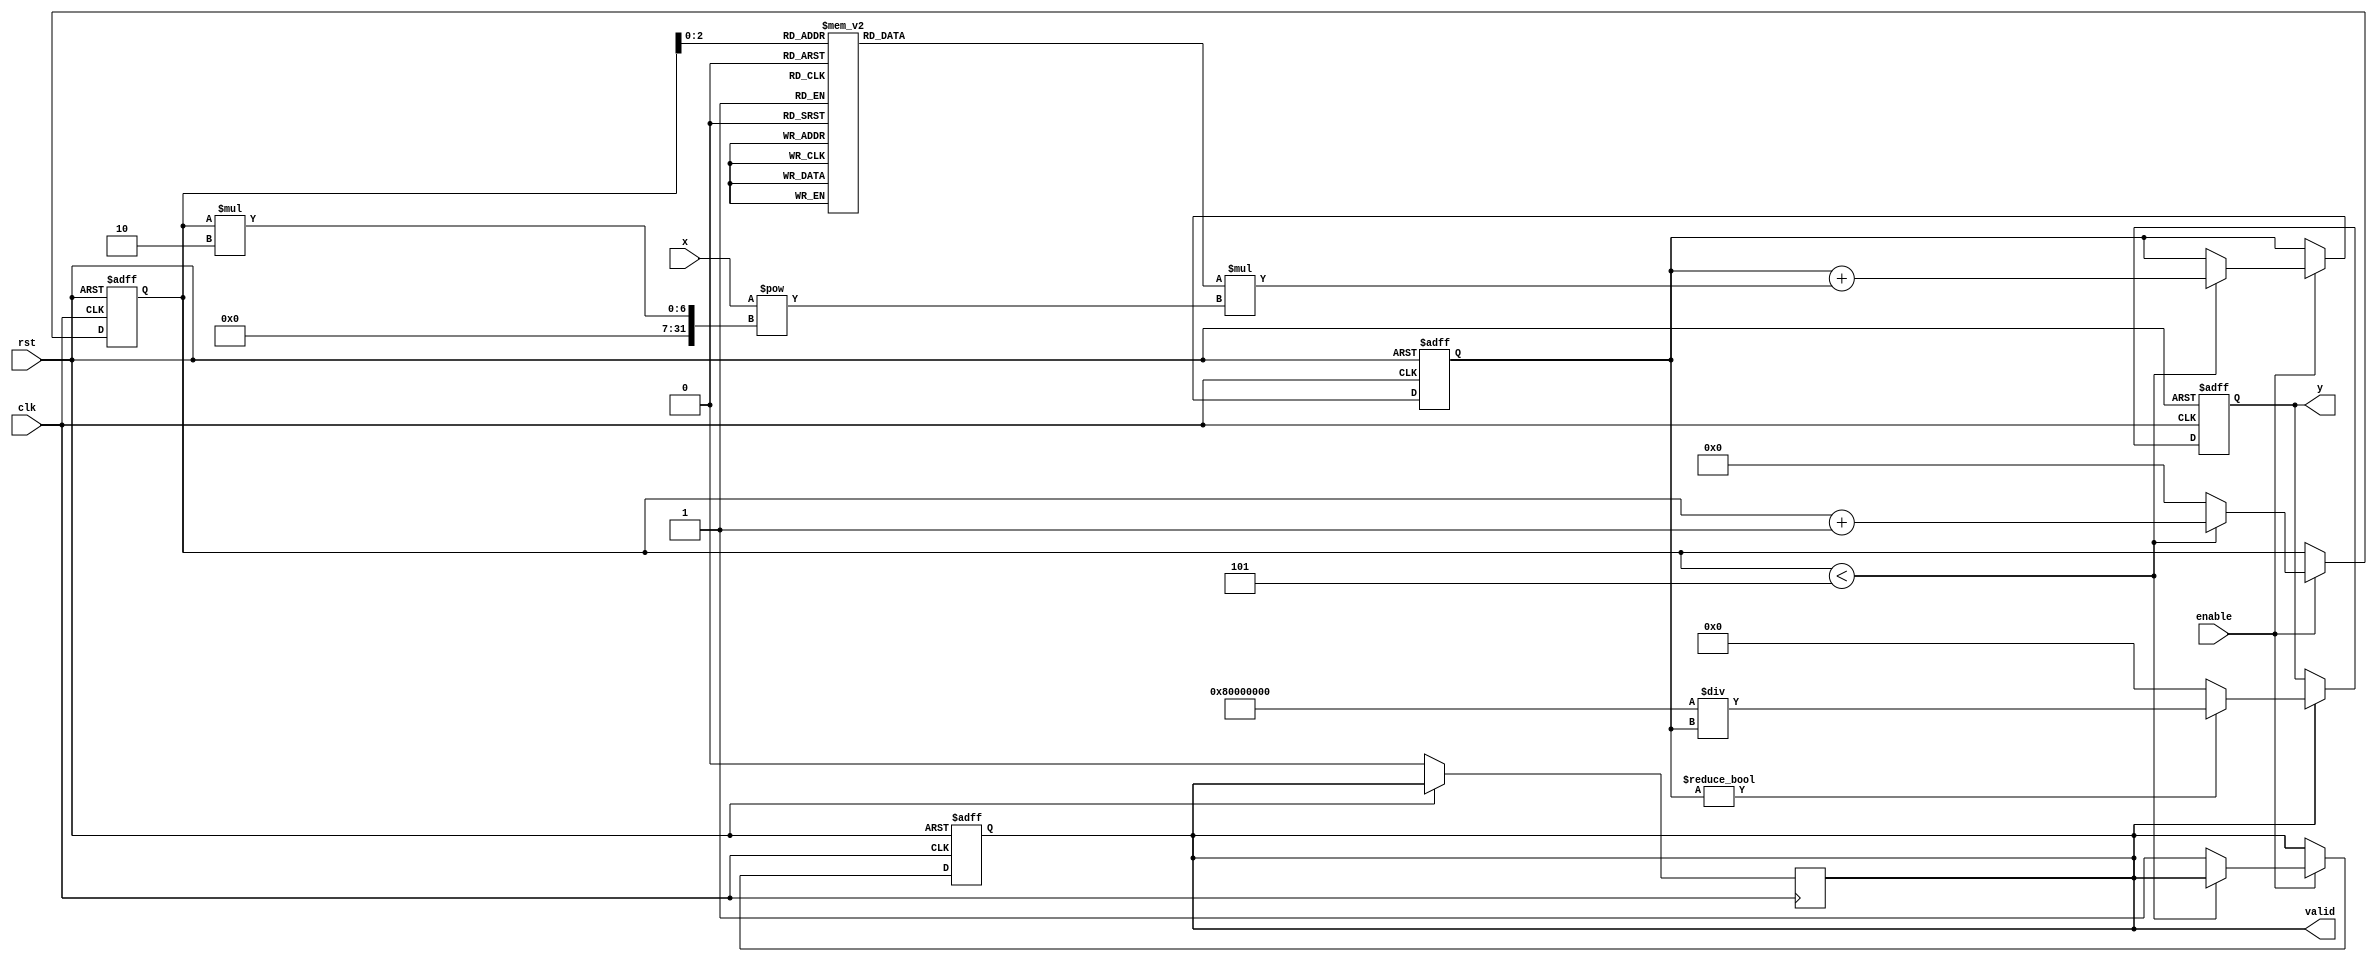
module hyperbolic_sech #(parameter N = 16, // Input width
                         parameter M = 32  // Output width
                         ) (
    input wire clk,               // Clock signal
    input wire rst,               // Reset signal
    input wire enable,            // Enable signal
    input wire signed [N-1:0] x,  // Input x
    output reg signed [M-1:0] y,   // Output sech(x)
    output reg valid               // Output valid signal
);

    // Intermediate signal for cosh(x)
    reg signed [M-1:0] cosh_x;
    reg [4:0] i; // Counter for Taylor series expansion

    // Taylor series coefficients for cosh(x)
    reg signed [M-1:0] coefficients[0:4]; // Adjust size as needed for more accuracy

    // Initialization of coefficients for cosh(x)
    initial begin
        coefficients[0] = 1; // 0! = 1
        coefficients[1] = 0; // 1! = 0
        coefficients[2] = 1; // 2! = 1/2^2 = 1/4 (scaled appropriately)
        coefficients[3] = 0; // 3! = 0
        coefficients[4] = 1; // 4! = 1/4^2 (scaled appropriately)
    end

    // Calculate cosh(x) using Taylor series
    always @(posedge clk or posedge rst) begin
        if (rst) begin
            cosh_x <= 0;
            i <= 0;
            valid <= 0;
        end else if (enable) begin
            if (i < 5) begin // Adjust for more terms if needed
                cosh_x <= cosh_x + (coefficients[i] * (x ** (i * 2))); // Cosine series term
                i <= i + 1;
            end else begin
                i <= 0; // Reset for next operation
                valid <= 1; // Indicate that cosh(x) calculation is done
            end
        end
    end

    // Calculate sech(x) as 1/cosh(x) (pseudo-code, needs proper implementation)
    always @(posedge clk or posedge rst) begin
        if (rst) begin
            y <= 0;
        end else if (valid) begin
            if (cosh_x != 0) begin
                // Basic reciprocal calculation
                y <= (1 << (M-1)) / cosh_x; // Scaling to maintain signed format
            end else begin
                // Handle division by zero case
                y <= 0; // or some error code
            end
            valid <= 0; // Reset valid signal
        end
    end

endmodule